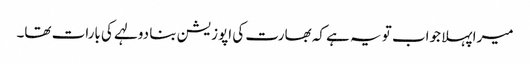
میرا پہلا جواب تو یہ ہے کہ بھارت کی اپوزیشن بنا دولہے کی بارات تھا۔